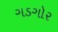
ગડગોર